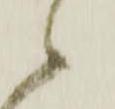
候